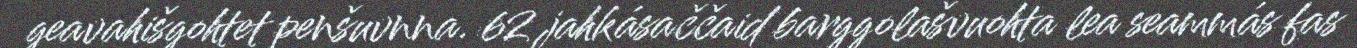
geavahišgohtet penšuvnna. 62 jahkásaččaid barggolašvuohta lea seammás fas